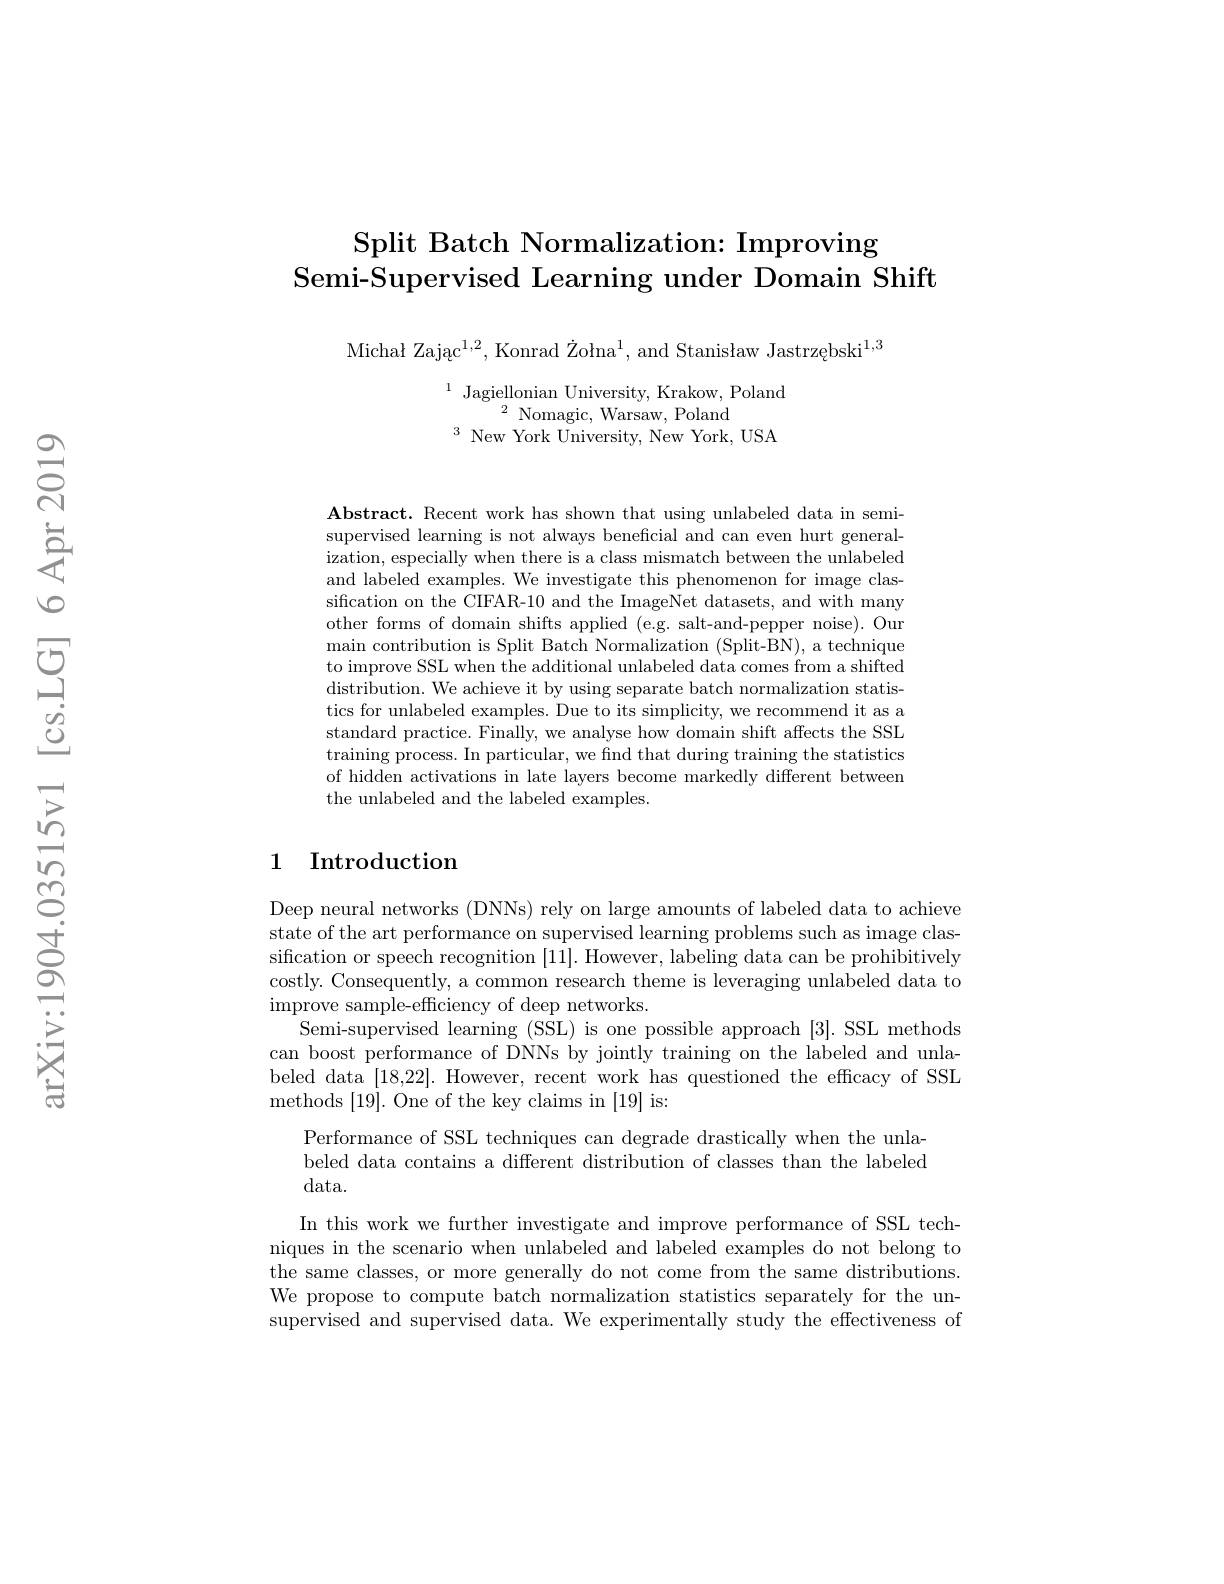
## Split Batch Normalization: Improving Semi-Supervised Learning under Domain Shift

Michał Zając$^1,2$, Konrad Žołna$^1$, and Stanisław Jastrzębski$^1,3$

$^{1}\text{Jagiellonian University, Krakow, Poland}\\^{2}\text{Nomagic, Warsaw, Poland}\\^{3}\text{New York Universitv. New York. USA}$

$\mathbf{Abstract.~Recent~work~has~shown~that~using~unlabeled~data~in~semi-}$ supervised learning is not always beneficial and can even hurt generalization, especially when there is a class mismatch between the unlabeled and labeled examples. We investigate this phenomenon for image classification on the CIFAR-10 and the ImageNet datasets, and with many other forms of domain shifts applied (e.g. salt-and-pepper noise). Our main contribution is Split Batch Normalization (Split-BN), a technique to improve SSL when the additional unlabeled data comes from a shifted distribution. We achieve it by using separate batch normalization statistics for unlabeled examples. Due to its simplicity, we recommend it as a standard practice. Finally, we analyse how domain shift affects the SSL training process. In particular, we find that during training the statistics of hidden activations in late layers become markedly different between the unlabeled and the labeled examples.

## 1 Introduction

Deep neural networks (DNNs) rely on large amounts of labeled data to achieve state of the art performance on supervised learning problems such as image classification or speech recognition [11]. However, labeling data can be prohibitively costly. Consequently, a common research theme is leveraging unlabeled data to improve sample-efficiency of deep networks.
Semi-supervised learning (SSL) is one possible approach [3]. SSL methods can boost performance of DNNs by jointly training on the labeled and unlabeled data [18,22]. However, recent work has questioned the efficacy of SSL methods [19]. One of the key claims in [19] is:
Performance of SSL techniques can degrade drastically when the unlabeled data contains a different distribution of classes than the labeled data.
In this work we further investigate and improve performance of SSL techniques in the scenario when unlabeled and labeled examples do not belong to the same classes, or more generally do not come from the same distributions. We propose to compute batch normalization statistics separately for the unsupervised and supervised data. We experimentally study the effectiveness of